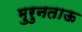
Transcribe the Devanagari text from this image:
मुरुनताऊ